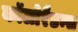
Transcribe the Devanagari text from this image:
कॉलोरैडन्स